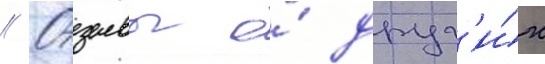
// Отзывы о́ друг'и́х